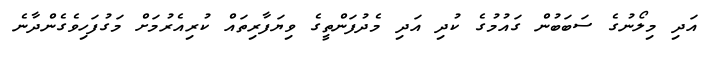
އަދި މިލޯނުގެ ސަބަބުން ގައުމުގެ ކުދި އަދި މެދުފަންތީގެ ވިޔަފާރިތައް ކުރިއެރުމަށް މަގުފަހިވެގެންދާނެ